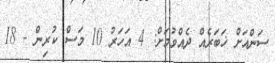
ސަންއަށް ޚަބަރެއް ދެއްވުމަށް: 4 އަހަރު 10 މަސް ކުރިން - 18